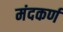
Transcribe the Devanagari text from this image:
मंदकर्ण